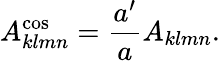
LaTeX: A_{klmn}^{\mathrm{cos}}=\frac{a^{\prime}}{a}A_{klmn}.